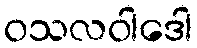
ဝသလဝါဒေါ